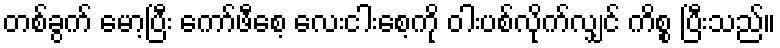
တစ်ခွက် မော့ပြီး ကော်ဖီစေ့ လေးငါးစေ့ကို ဝါးပစ်လိုက်လျှင် ကိစ္စ ပြီးသည်။